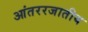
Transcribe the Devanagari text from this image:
आंतररजातीय